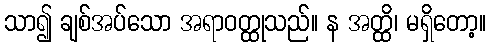
သာ၍ ချစ်အပ်သော အရာဝတ္ထုသည်။ န အတ္ထိ၊ မရှိတော့။